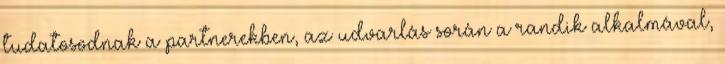
tudatosodnak a partnerekben, az udvarlás során a randik alkalmával,